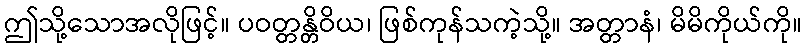
ဤသို့သောအလိုဖြင့်။ ပဝတ္တန္တိဝိယ၊ ဖြစ်ကုန်သကဲ့သို့။ အတ္တာနံ၊ မိမိကိုယ်ကို။